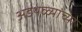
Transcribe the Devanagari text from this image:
अडथळ्यांच्या